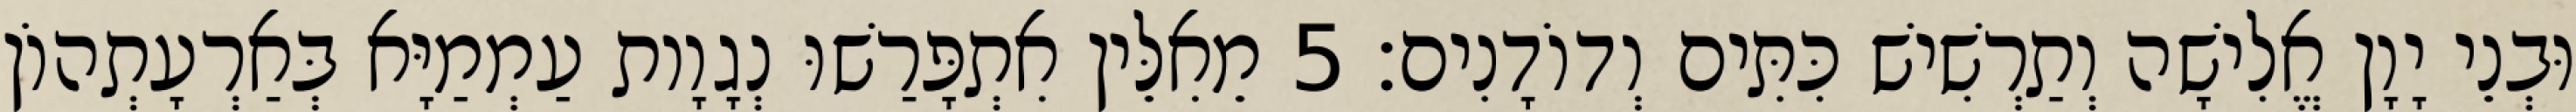
וּבְנֵי יָוָן אֱלִישָׁה וְתַרְשִׁישׁ כִּתִּים וְדוֹדָנִים׃ 5 מֵאִלֵּין אִתְפָּרַשׁוּ נְגָוָות עַמְמַיָּא בְּאַרְעָתְהוֹן